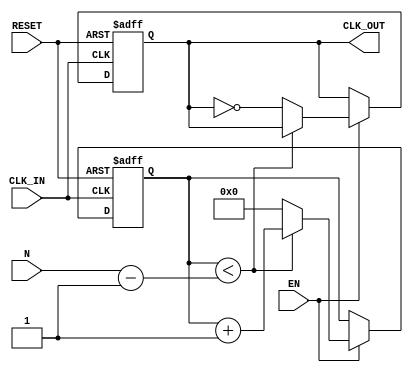
module clock_divider (
    input wire CLK_IN,      // Input clock signal
    input wire RESET,       // Reset signal
    input wire EN,          // Enable signal
    input wire [31:0] N,    // Division factor (should be a positive integer)
    output reg CLK_OUT      // Divided output clock signal
);

    reg [31:0] counter;     // Counter for clock cycles
    reg clk_enabled;        // Internal signal to track enable state

    // Initial block for reset conditions
    initial begin
        CLK_OUT = 0;
        counter = 0;
        clk_enabled = 0;
    end

    // Always block for clock division
    always @(posedge CLK_IN or posedge RESET) begin
        if (RESET) begin
            counter <= 0;
            CLK_OUT <= 0;
        end else if (EN) begin
            if (counter < (N - 1)) begin
                counter <= counter + 1;
            end else begin
                counter <= 0;               // Reset counter
                CLK_OUT <= ~CLK_OUT;        // Toggle output clock
            end
        end
    end

    // Enable control logic
    always @(posedge CLK_IN or posedge RESET) begin
        if (RESET) begin
            clk_enabled <= 0;
        end else begin
            clk_enabled <= EN;            // Update enable state
        end
    end

endmodule